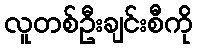
လူတစ်ဦးချင်းစီကို